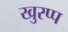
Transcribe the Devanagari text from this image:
खुरप्प